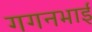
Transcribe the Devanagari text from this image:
गगनभाई